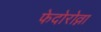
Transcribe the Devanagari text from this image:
फेदोरोव्ना